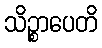
သိဉ္စာပေတိ